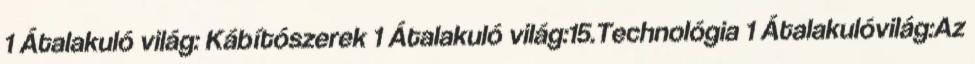
1 Átalakuló világ: Kábítószerek 1 Átalakuló világ:15.Technológia 1 Átalakulóvilág:Az